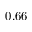
0 . 6 6